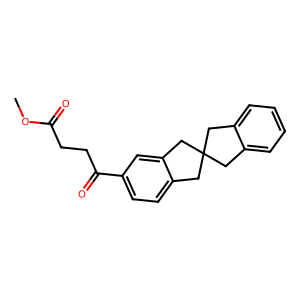
SMILES: COC(=O)CCC(=O)c1ccc2c(c1)CC1(Cc3ccccc3C1)C2
Inhibits HIV replication: No